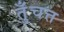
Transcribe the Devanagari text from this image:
तुँचत्त